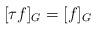
LaTeX: \begin{align*}[\tau f]_{G} = [f]_{G}\end{align*}